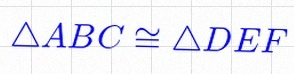
\triangle ABC\cong\triangle DEF